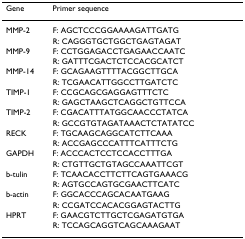
| Gene | Primer sequence |
 | --- | --- |
 | MMP-2 | F: AGCTCCCGGAAAAGATTGATG |
 |  | R: CAGGGTGCTGGCTGAGTAGAT |
 | MMP-9 | F: CCTGGAGACCTGAGAACCAATC |
 |  | R: GATTTCGACTCTCCACGCATCT |
 | MMP-14 | F: GCAGAAGTTTTACGGCTTGCA |
 |  | R: TCGAACATTGGCCTTGATCTC |
 | TIMP-1 | F: CCGCAGCGAGGAGTTTCTC |
 |  | R: GAGCTAAGCTCAGGCTGTTCCA |
 | TIMP-2 | F: CGACATTTATGGCAACCCTATCA |
 |  | R: GCCGTGTAGATAAACTCTATATCC |
 | RECK | F: TGCAAGCAGGCATCTTCAAA |
 |  | R: ACCGAGCCCATTTCATTTCTG |
 | GAPDH | F: ACCCACTCCTCCACCTTTGA |
 |  | R: CTGTTGCTGTAGCCAAATTCGT |
 | b-tulin | F: TCAACACCTTCTTCAGTGAAACG |
 |  | R: AGTGCCAGTGCGAACTTCATC |
 | b-actin | F: GGCACCCAGCACAATGAAG |
 |  | R: CCGATCCACACGGAGTACTTG |
 | HPRT | F: GAACGTCTTGCTCGAGATGTGA |
 |  | R: TCCAGCAGGTCAGCAAAGAAT |